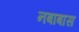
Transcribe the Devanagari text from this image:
नबाबास